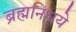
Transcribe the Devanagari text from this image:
ब्रह्मनिधये